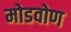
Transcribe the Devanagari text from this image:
मोडवोण